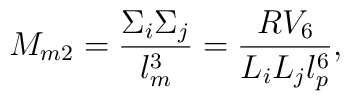
M_{m2}={\Sigma_i \Sigma_j\over l_m^3}={R V_6\over L_i L_j l_p^6},